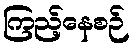
ကြည့်နေစဉ်